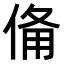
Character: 𬾨